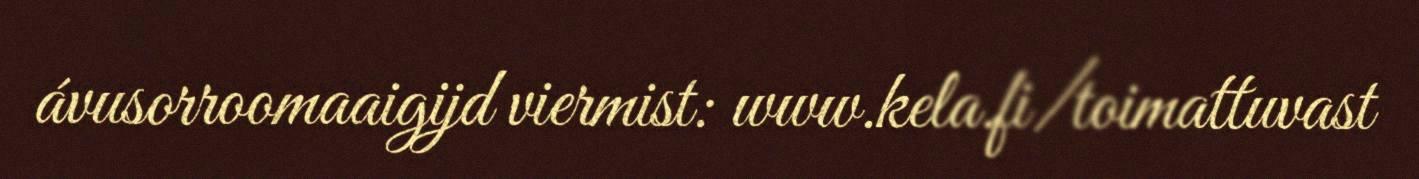
ávusorroomaaigijd viermist: www.kela.fi/toimattuvast